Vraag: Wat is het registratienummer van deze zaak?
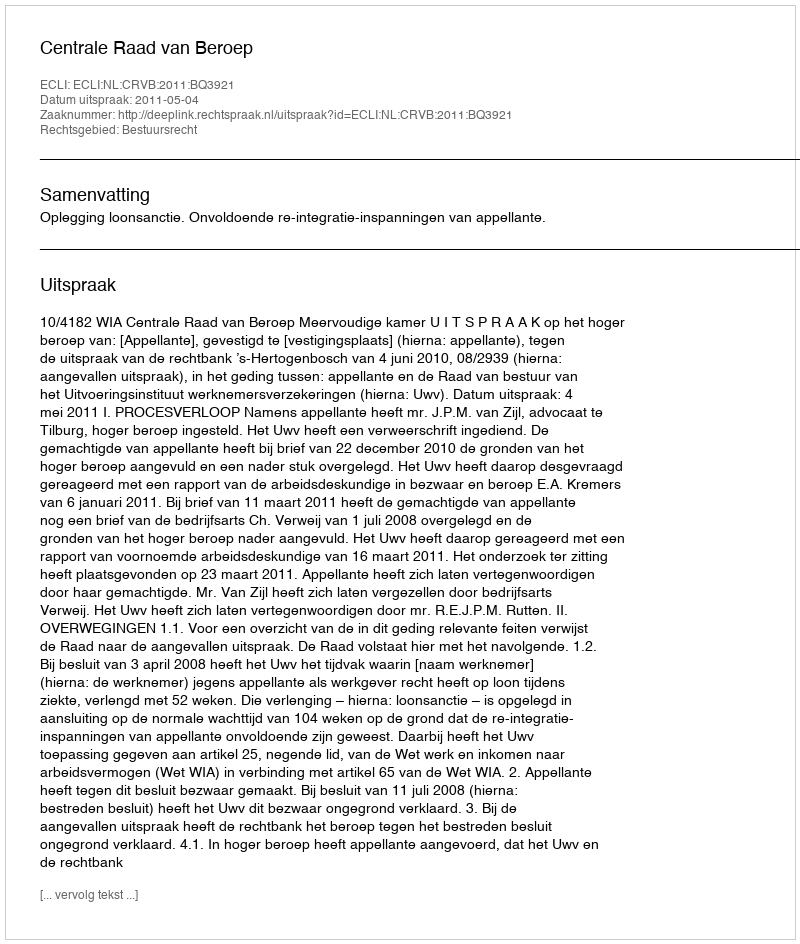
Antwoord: http://deeplink.rechtspraak.nl/uitspraak?id=ECLI:NL:CRVB:2011:BQ3921